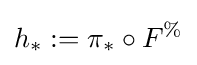
h_{*}:=\pi _{*}\circ F^{\%}